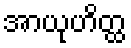
အာယုဟိတ္ထ